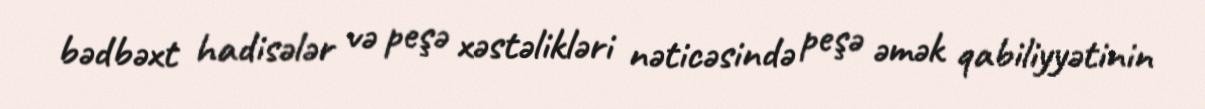
bədbəxt hadisələr və peşə xəstəlikləri nəticəsində peşə əmək qabiliyyətinin